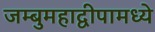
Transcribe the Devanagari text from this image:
जम्बुमहाद्वीपामध्ये